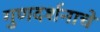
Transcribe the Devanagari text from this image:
गुणदर्शनाचे